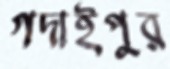
গদাইপুর